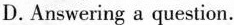
D.Answering a question.